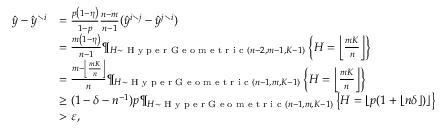
\begin{array} { r l } { \hat { y } - \hat { y } ^ { \setminus i } } & { = \frac { p \left( 1 - \eta \right) } { 1 - p } \frac { n - m } { n - 1 } ( \hat { y } ^ { i \setminus j } - \hat { y } ^ { j \setminus i } ) } \\ & { = \frac { m \left( 1 - \eta \right) } { n - 1 } \P _ { H \sim \textnormal { H y p e r G e o m e t r i c } ( n - 2 , m - 1 , K - 1 ) } \left\{ H = \left\lfloor \frac { m K } { n } \right\rfloor \right\} } \\ & { = \frac { m - \left\lfloor \frac { m K } { n } \right\rfloor } { n } \P _ { H \sim \textnormal { H y p e r G e o m e t r i c } ( n - 1 , m , K - 1 ) } \left\{ H = \left\lfloor \frac { m K } { n } \right\rfloor \right\} } \\ & { \geq ( 1 - \delta - n ^ { - 1 } ) p \P _ { H \sim \textnormal { H y p e r G e o m e t r i c } ( n - 1 , m , K - 1 ) } \left\{ H = \lfloor p ( 1 + \lfloor n \delta \rfloor ) \rfloor \right\} } \\ & { > \varepsilon , } \end{array}